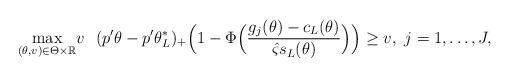
LaTeX: \begin{align*}\max_{(\theta,v)\in \Theta\times\mathbb R}&v ~~ (p'\theta-p'\theta^*_L)_+\Big(1-\Phi\Big(\frac{ g_j(\theta)-c_L(\theta)}{\hat\varsigma s_L(\theta)}\Big)\Big)\ge v, ~j=1,\dots,J,\end{align*}